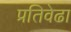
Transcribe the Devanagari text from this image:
प्रतिवेढा